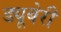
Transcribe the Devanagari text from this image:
ड्यूबेरी